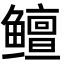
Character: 鳣